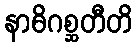
နာဓိဂစ္ဆတီတိ